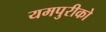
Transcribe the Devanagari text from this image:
यमपुरीको